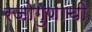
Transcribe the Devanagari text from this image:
रजोगुणाची